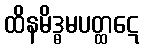
ထိနမိဒ္ဓမပတ္ထဋေ